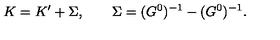
K = K ^ { \prime } + \Sigma , \qquad \Sigma = ( G ^ { 0 } ) ^ { - 1 } - ( G ^ { 0 } ) ^ { - 1 } .